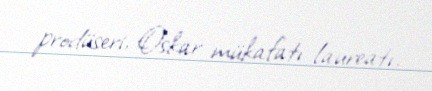
prodüseri, Oskar mükafatı laureatı.